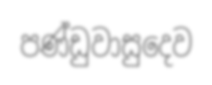
පණ්ඩුවාසුදෙව